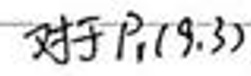
对于$P_{2}(9,3)$